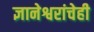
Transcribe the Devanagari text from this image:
ज्ञानेश्वरांचेही